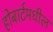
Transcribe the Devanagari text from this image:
होबार्टमधील